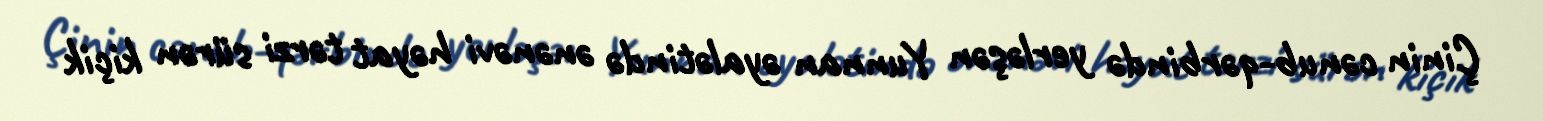
Çinin cənub-qərbində yerləşən Yunnan əyalətində ənənəvi həyat tərzi sürən kiçik